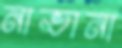
নাভানা